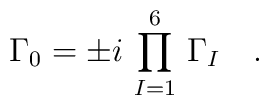
\Gamma_0 = \pm i\,\prod_{I=1}^6 \,\Gamma_I\quad.